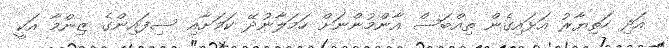
އަދި ހަތިޔާރު އަޅައިގެން ތިއްބަސް އާންމުންނަށް ހަމަލާނުދޭ ކަމަށާއި ސިފައިންގެ ޒިންމާ އަކީ